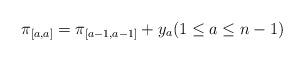
LaTeX: \begin{align*}\pi_{[a,a]}= \pi_{[a-1,a-1]} + y_{a}(1\le a\le n-1)\end{align*}